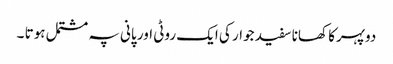
دوپہرکا کھانا سفید جوار کی ایک روٹی اور پانی پہ مشتمل ہوتا ۔